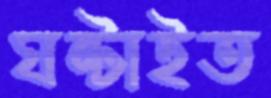
ঘষ্‌টাইত